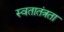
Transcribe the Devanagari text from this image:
स्वतातंत्रता